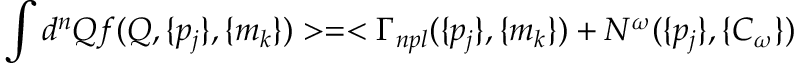
\int d ^ { n } Q f ( Q , \{ p _ { j } \} , \{ m _ { k } \} ) > = < \Gamma _ { n p l } ( \{ p _ { j } \} , \{ m _ { k } \} ) + N ^ { \omega } ( \{ p _ { j } \} , \{ C _ { \omega } \} )